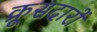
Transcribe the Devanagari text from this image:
क्रूसदारों